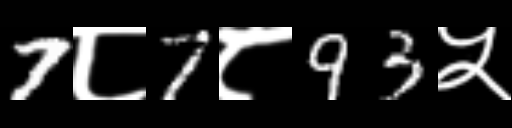
Text: 7८7८93५